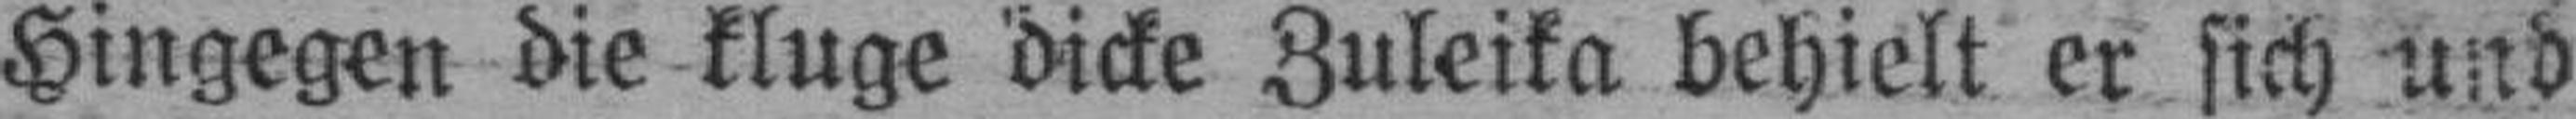
Hingegen die kluge dicke Zuleika behielt er sich und